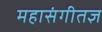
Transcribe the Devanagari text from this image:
महासंगीतज्ञ